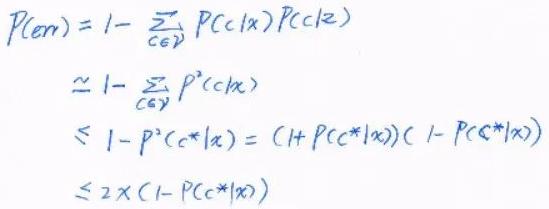
\[
\begin{align*}
P(er)&=1 - \sum_{c\in\mathcal{Y}} P(c|x)P(c|z)\\
&\simeq 1 - \sum_{c\in\mathcal{Y}} P^{2}(c|x)\\
&\leq 1 - P^{2}(c^{*}|x)=(1 + P(c^{*}|x))(1 - P(c^{*}|x))\\
&\leq 2\times(1 - P(c^{*}|x))
\end{align*}
\]